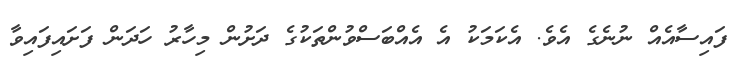
ފައިސާއެއް ނުނެގެ އެވެ. އެކަމަކު އެ އެއްބަސްވުންތަކުގެ ދަށުން މިހާރު ހަދަން ފަށައިފައިވާ